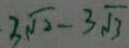
\cdot 3 \sqrt { 2 } - 3 \sqrt { 3 }